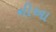
નીઆ